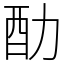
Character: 䣦